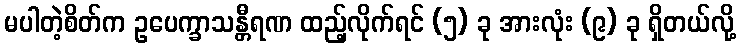
မပါတဲ့စိတ်က ဥပေက္ခာသန္တီရဏ ထည့်လိုက်ရင် (၅) ခု အားလုံး (၉) ခု ရှိတယ်လို့